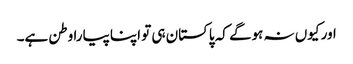
اور کیوں نہ ہوگے کہ پاکستان ہی تو اپنا پیارا وطن ہے۔